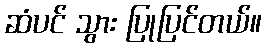
ဆံပင် သွား ပြုပြင်တယ်။